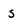
Character: S